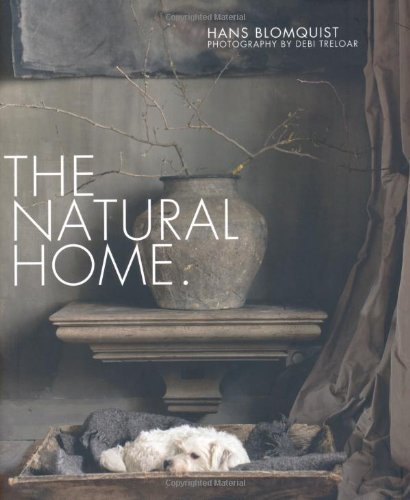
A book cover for The Natural Home; Hans Blomquist; Crafts, Hobbies & Home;